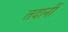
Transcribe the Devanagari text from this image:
तदानीं